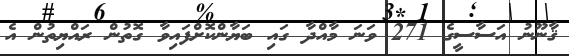
ޤާނޫނު އަސާސީގެ 271 ވަނަ މާއްދާ ގައި ބަޔާންކޮށްފައިވާ ގޮތުން ރައްޔިތުން އެ